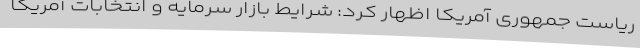
ریاست جمهوری آمریکا اظهار کرد: شرایط بازار سرمایه و انتخابات آمریکا